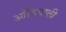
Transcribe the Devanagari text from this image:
आंडियाली